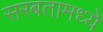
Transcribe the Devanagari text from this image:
सरबतामध्ये